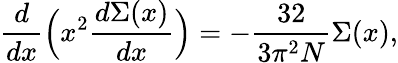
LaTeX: \frac{d}{dx}\Bigl(x^{2}\frac{d\Sigma(x)}{dx}\Bigr)=-\frac{32}{3\pi^{2}N}\Sigma(x),